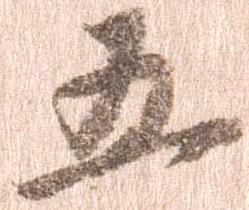
五